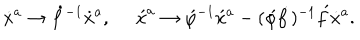
LaTeX: \dot { x } { } ^ { a } \rightarrow \dot { f } { } ^ { - 1 } \dot { x } { } ^ { a } , \, \, \, \, \, \, \, \, \acute { x } ^ { a } \rightarrow \acute { \varphi } { } ^ { - 1 } \acute { x } { } ^ { a } - ( \acute { \varphi } \dot { f } ) { } ^ { - 1 } \acute { f } \dot { x } { } ^ { a } .